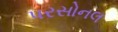
પરસોનલ